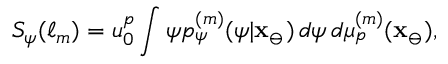
S _ { \psi } ( \ell _ { m } ) = u _ { 0 } ^ { p } \int \psi p _ { \psi } ^ { ( m ) } ( \psi | \mathbf { x } _ { \ominus } ) \, d \psi \, d \mu _ { p } ^ { ( m ) } ( \mathbf { x } _ { \ominus } ) ,